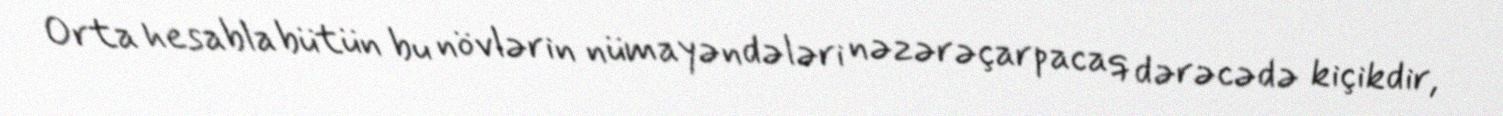
Orta hesabla bütün bu növlərin nümayəndələri nəzərəçarpacaq dərəcədə kiçikdir,